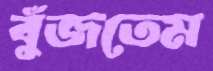
বুঁজতেম